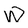
Character: W